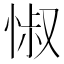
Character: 𢛼